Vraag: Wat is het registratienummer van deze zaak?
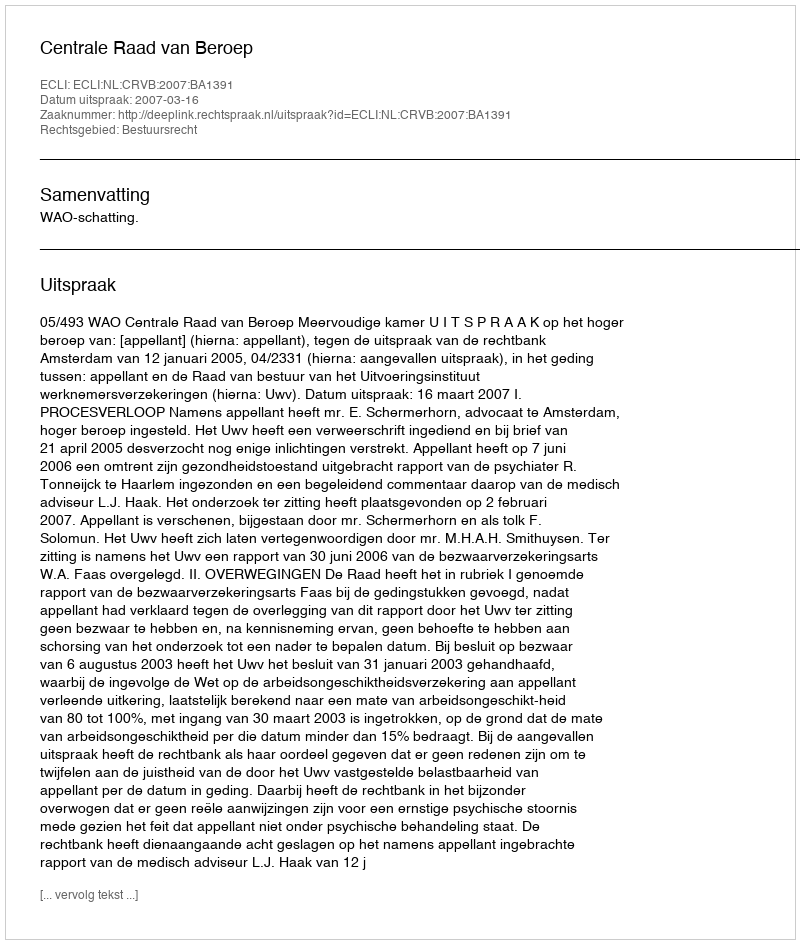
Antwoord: http://deeplink.rechtspraak.nl/uitspraak?id=ECLI:NL:CRVB:2007:BA1391